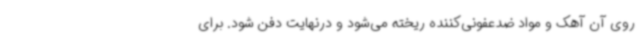
روی آن آهک و مواد ضدعفونی‌کننده ریخته می‌شود و درنهایت دفن شود. برای